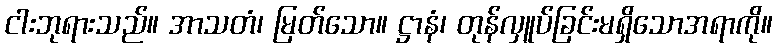
ငါးဘုရားသည်။ အာသတံ၊ မြတ်သော။ ဋ္ဌာနံ၊ တုန်လှူပ်ခြင်းမရှိသောအရာကို။